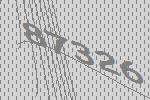
87326